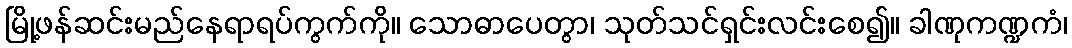
မြို့ဖန်ဆင်းမည်နေရာရပ်ကွက်ကို။ သောဓာပေတွာ၊ သုတ်သင်ရှင်းလင်းစေ၍။ ခါဏုကဏ္ဍကံ၊